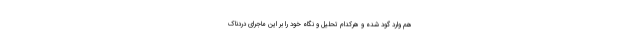
هم وارد گود شده و هرکدام تحلیل و نگاه خود را بر این ماجرای دردناک